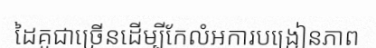
ដៃគូជាច្រើនដើម្បីកែលំអការបង្រៀនភាព